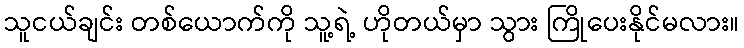
သူငယ်ချင်း တစ်ယောက်ကို သူ့ရဲ့ ဟိုတယ်မှာ သွား ကြိုပေးနိုင်မလား။